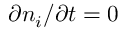
\partial n _ { i } / \partial t = 0